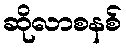
ဆိုလာစနစ်